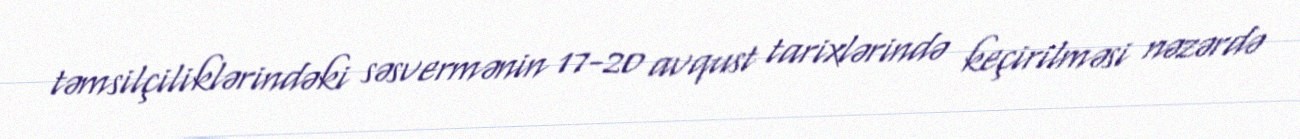
təmsilçiliklərindəki səsvermənin 17-20 avqust tarixlərində keçirilməsi nəzərdə